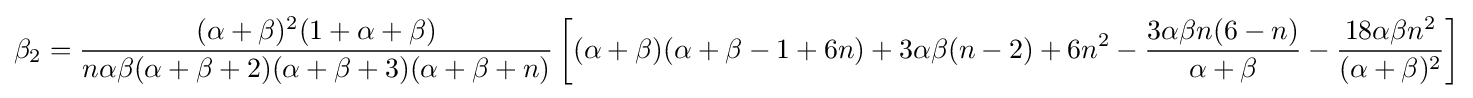
\beta _{2}={\frac {(\alpha +\beta )^{2}(1+\alpha +\beta )}{n\alpha \beta (\alpha +\beta +2)(\alpha +\beta +3)(\alpha +\beta +n)}}\left[(\alpha +\beta )(\alpha +\beta -1+6n)+3\alpha \beta (n-2)+6n^{2}-{\frac {3\alpha \beta n(6-n)}{\alpha +\beta }}-{\frac {18\alpha \beta n^{2}}{(\alpha +\beta )^{2}}}\right]